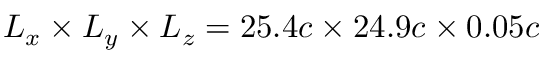
L _ { x } \times L _ { y } \times L _ { z } = 2 5 . 4 c \times 2 4 . 9 c \times 0 . 0 5 c